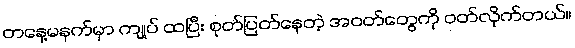
တနေ့မနက်မှာ ကျုပ် ထပြီး စုတ်ပြတ်နေတဲ့ အဝတ်တွေကို ဝတ်လိုက်တယ်။